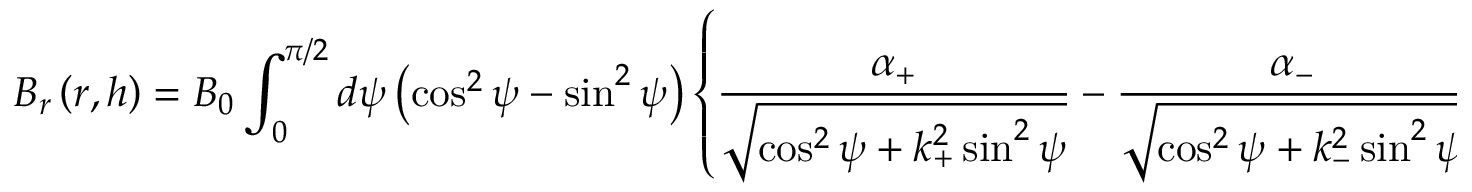
B _ { r } \left( r , h \right) = B _ { 0 } \int _ { 0 } ^ { \pi / 2 } d \psi \left( \cos ^ { 2 } \psi - \sin ^ { 2 } \psi \right) \left\{ \frac { \alpha _ { + } } { \sqrt { \cos ^ { 2 } \psi + k _ { + } ^ { 2 } \sin ^ { 2 } \psi } } - \frac { \alpha _ { - } } { \sqrt { \cos ^ { 2 } \psi + k _ { - } ^ { 2 } \sin ^ { 2 } \psi } } \right\}